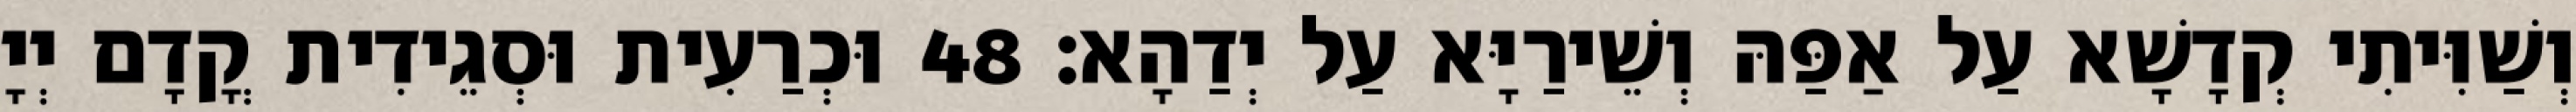
וְשַׁוִּיתִי קְדָשָׁא עַל אַפַּהּ וְשֵׁירַיָּא עַל יְדַהָא׃ 48 וּכְרַעִית וּסְגֵידִית קֳדָם יְיָ